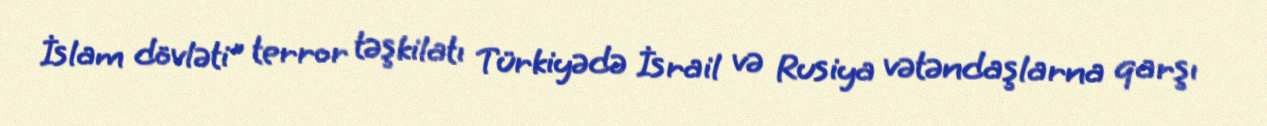
İslam dövləti" terror təşkilatı Türkiyədə İsrail və Rusiya vətəndaşlarna qarşı